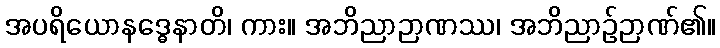
အပရိယောနဒ္ဓေနာတိ၊ ကား။ အဘိညာဉာဏဿ၊ အဘိညာဉ်ဉာဏ်၏။